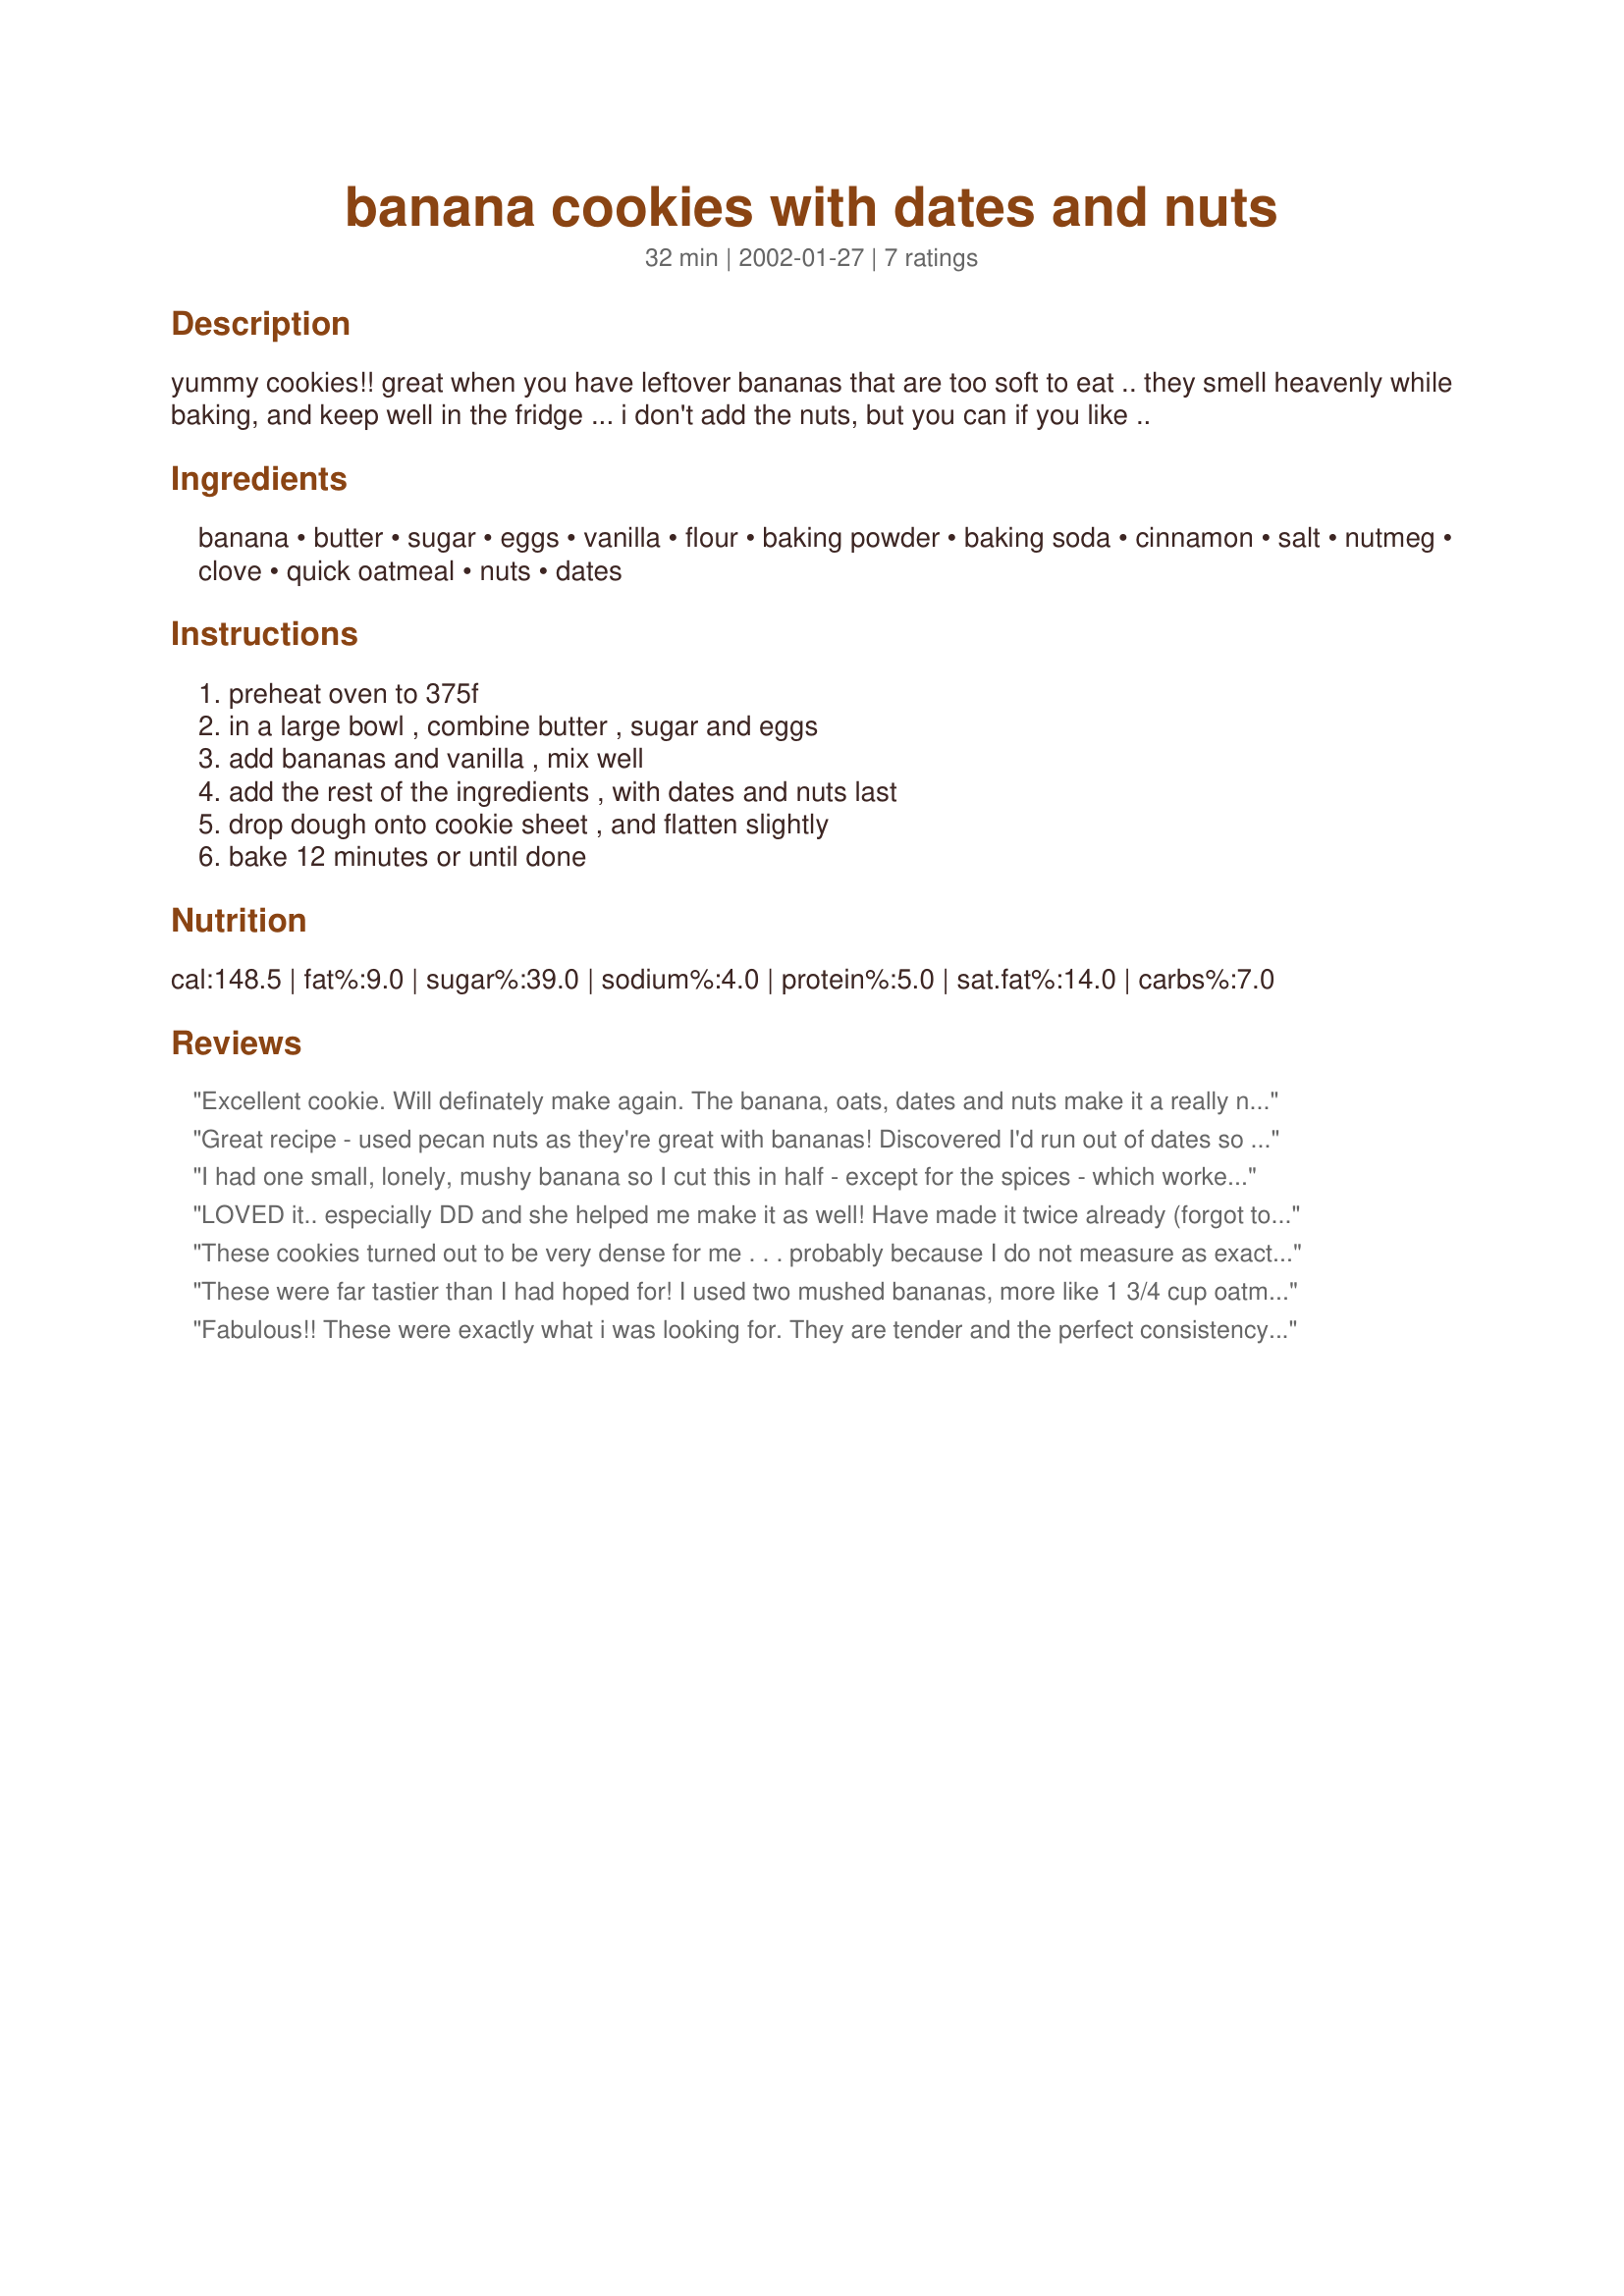
banana cookies with dates and nuts
Preparation time: 32 minutes

yummy cookies!! great when you have leftover bananas that are too soft to eat .. they smell heavenly while baking, and keep well in the fridge ... i don't add the nuts, but you can if you like ..

Ingredients:
banana, butter, sugar, eggs, vanilla, flour, baking powder, baking soda, cinnamon, salt, nutmeg, clove, quick oatmeal, nuts, dates

Steps:
preheat oven to 375f, in a large bowl , combine butter , sugar and eggs, add bananas and vanilla , mix well, add the rest of the ingredients , with dates and nuts last, drop dough onto cookie sheet , and flatten slightly, bake 12 minutes or until done

Reviews:
Excellent cookie. Will definately make again. The banana, oats, dates and nuts make it a really nutritious treat. Used pecans and double the cinnamon. Made 3 dozen smaller cookies. Thanks for sharing.
Great recipe - used pecan nuts as they're great with bananas! Discovered I'd run out of dates so used dried cranberries.
Thanks Najwa!
Update: this time I used dates and macademia nuts, made 25 & sold all of them in aid of a charity. Brilliant recipe!!
I had one small, lonely, mushy banana so I cut this in half - except for the spices - which worked fine. I did add roughly chopped almonds for the nuts. Even with the recipe cut in half I got 28 cookies, which were baked in 8 minutes. I used my melonballer to scoop them out. These are really nice; not too decadent but a nice healthy treat. The dates and banana are sweet enough that the sugar could be reduced a little too make them even healthier. I will try these again with less sugar and also a little less butter and more banana, but they are certainly delicious as-is.
LOVED it.. especially DD and she helped me make it as well! Have made it twice already (forgot to review it the 1st time :oops:). Used brazil nuts for the nuts and followed the recipe as is. I think I got between 20-24 cakes, can't remember but they were huge (not that I am complaining!). I will be making this more often now since we always have bananas at home. Thank you, Najwa, for sharing this wonderful recipe!
These cookies turned out to be very dense for me . . . probably because I do not measure as exact as I should. However, they are delicious as is and will freeze well to make breakfast cookies.
These were far tastier than I had hoped for! I used two mushed bananas, more like 1 3/4 cup oatmeal, and a little less sugar than called for. They came out fantastic, rather like little bites of banana nut muffins!
Fabulous!! These were exactly what i was looking for. They are tender and the perfect consistency. I used butter flavored crisco and creamed that with the sugar til fluffy before adding the eggs. I also combined all the dry before adding, finally stirring in 1 3/4 cup oatmeal and probably 2/3 cup of chopped pecans and a generous cup of dates. These would be good with a dab of chocolate frosting...although i'll leave them alone...this time! These will be added to my fav's list - thanks!
